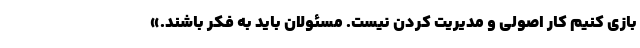
بازی کنیم کار اصولی و مدیریت کردن نیست. مسئولان باید به فکر باشند.»